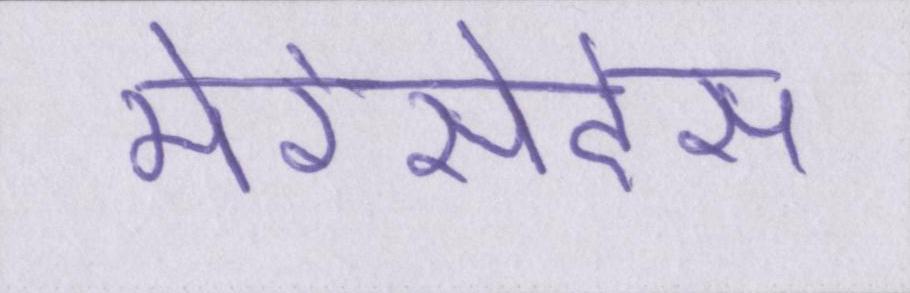
मेरेसेदेस